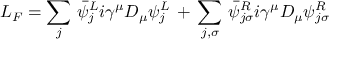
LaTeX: { \cal L } _ { F } = \sum _ { j } \, \bar { \psi } _ { j } ^ { L } i \gamma ^ { \mu } D _ { \mu } \psi _ { j } ^ { L } \, + \, \sum _ { j , \sigma } \, \bar { \psi } _ { j \sigma } ^ { R } i \gamma ^ { \mu } D _ { \mu } \psi _ { j \sigma } ^ { R }